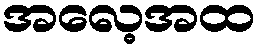
အလေ့အထ